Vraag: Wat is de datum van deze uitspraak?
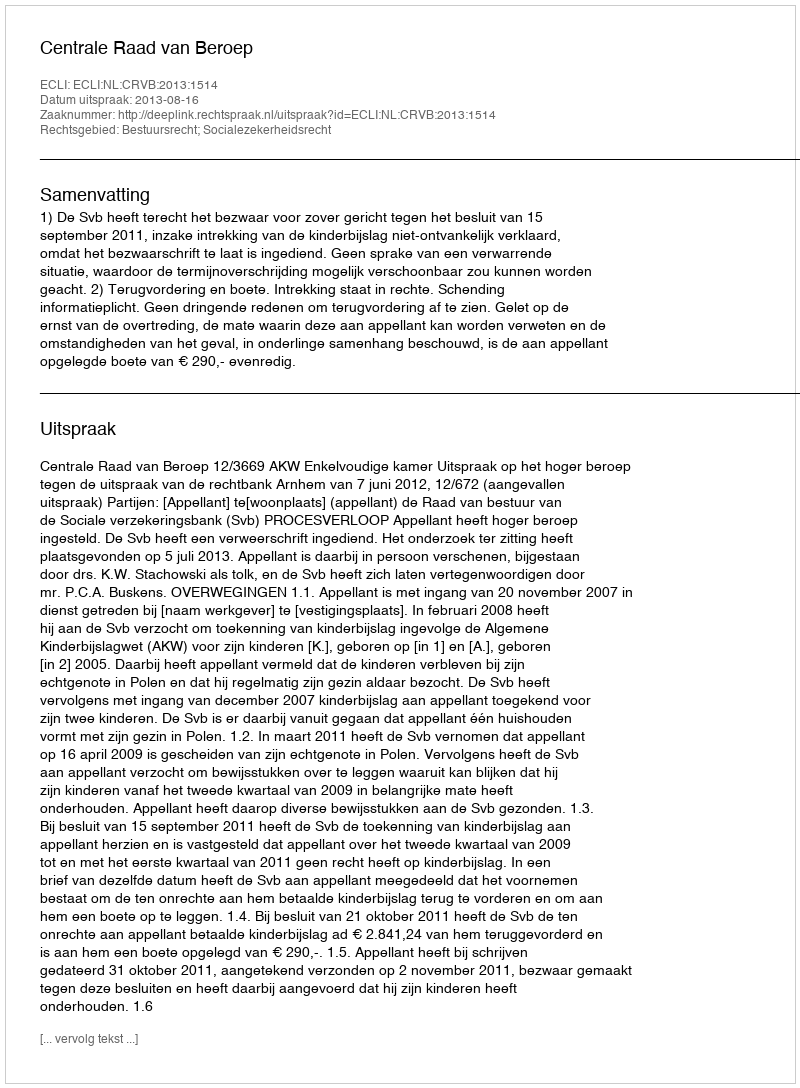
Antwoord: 2013-08-16